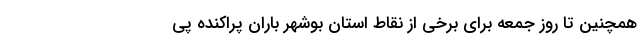
همچنین تا روز جمعه برای برخی از نقاط استان بوشهر باران پراکنده پی